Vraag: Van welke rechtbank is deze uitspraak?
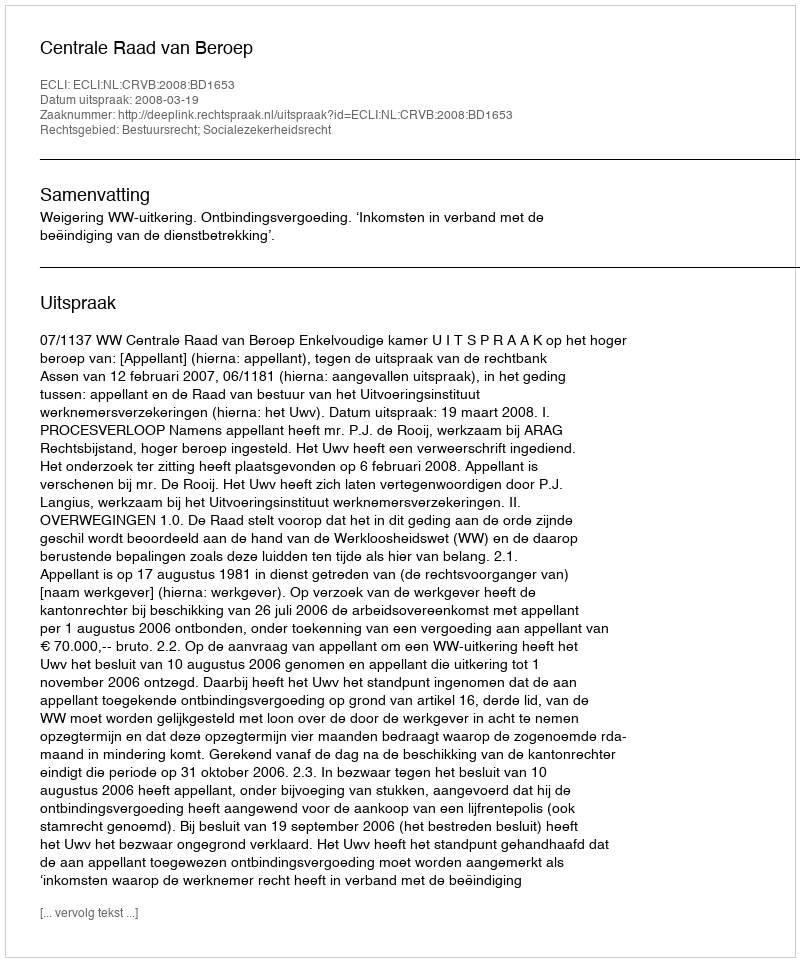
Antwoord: Centrale Raad van Beroep